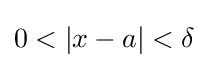
0<|x-a|<\delta